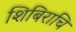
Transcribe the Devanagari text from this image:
शिबिराचि